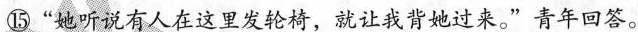
⑮“她听说有人在这里发轮椅，就让我背她过来。”青年回答。